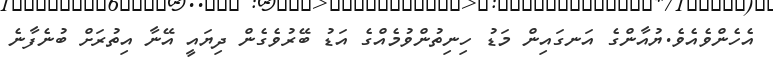
އެހެންވެއެވެ.ޔުއާންގެ އަނގައިން މަޑު ހިނިތުންވުމެއްގެ އަޑު ބޭރުވެގެން ދިޔައީ އޭނާ އިތުރަށް ބުނެފާނެ